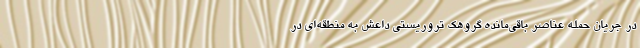
در جریان حمله عناصر باقی‌مانده گروهک تروریستی داعش به منطقه‌ای در